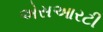
એસઆરટી